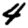
Digit: 4